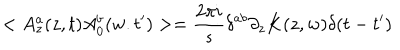
< A _ { z } ^ { a } ( z , t ) A _ { 0 } ^ { b } ( w . t ^ { \prime } ) > = { \frac { 2 \pi i } { s } } \delta ^ { a b } \partial _ { z } K ( z , w ) \delta ( t - t ^ { \prime } )